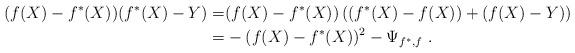
LaTeX: \begin{align*}(f(X)-f^*(X))(f^*(X)-Y) = & (f(X)-f^*(X)) \left( \left(f^*(X)-f(X)\right) + \left(f(X)-Y\right) \right)\\= & - (f(X)-f^*(X))^2 -\Psi_{f^*,f}~.\end{align*}